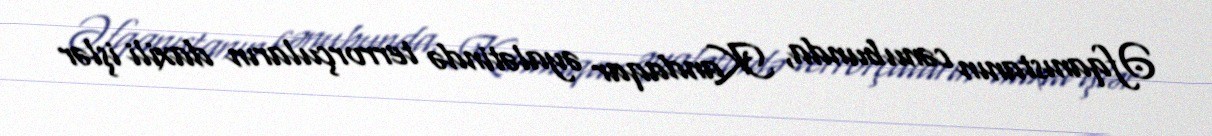
Əfqanıstanın cənubunda, Kandaqar əyalətində terrorçuların daxili işlər